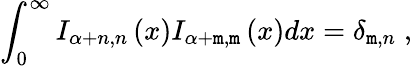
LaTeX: \int_{0}^{\infty}I_{\alpha+n,n}\left(x\right)I_{\alpha+\mathtt{m},\mathtt{m}}\left(x\right)dx=\delta_{\mathtt{m},n}\; ,